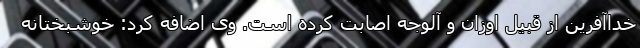
خداآفرین از قبیل اوزان و آلوجه اصابت کرده است. وی اضافه کرد: خوشبختانه